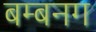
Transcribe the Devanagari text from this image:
बम्बनग